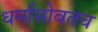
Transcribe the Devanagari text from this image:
धर्मासोबतच